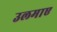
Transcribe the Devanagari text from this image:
उलमाए